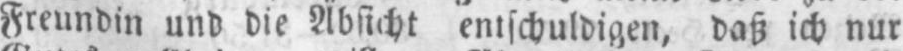
Freundin und die Absicht entschuldigen, daß ich nur